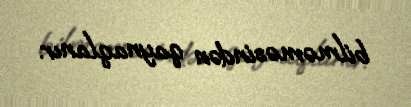
bilməməsindən qaynaqlanır.